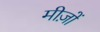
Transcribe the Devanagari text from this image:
मीज़ों